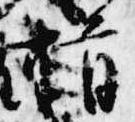
揖